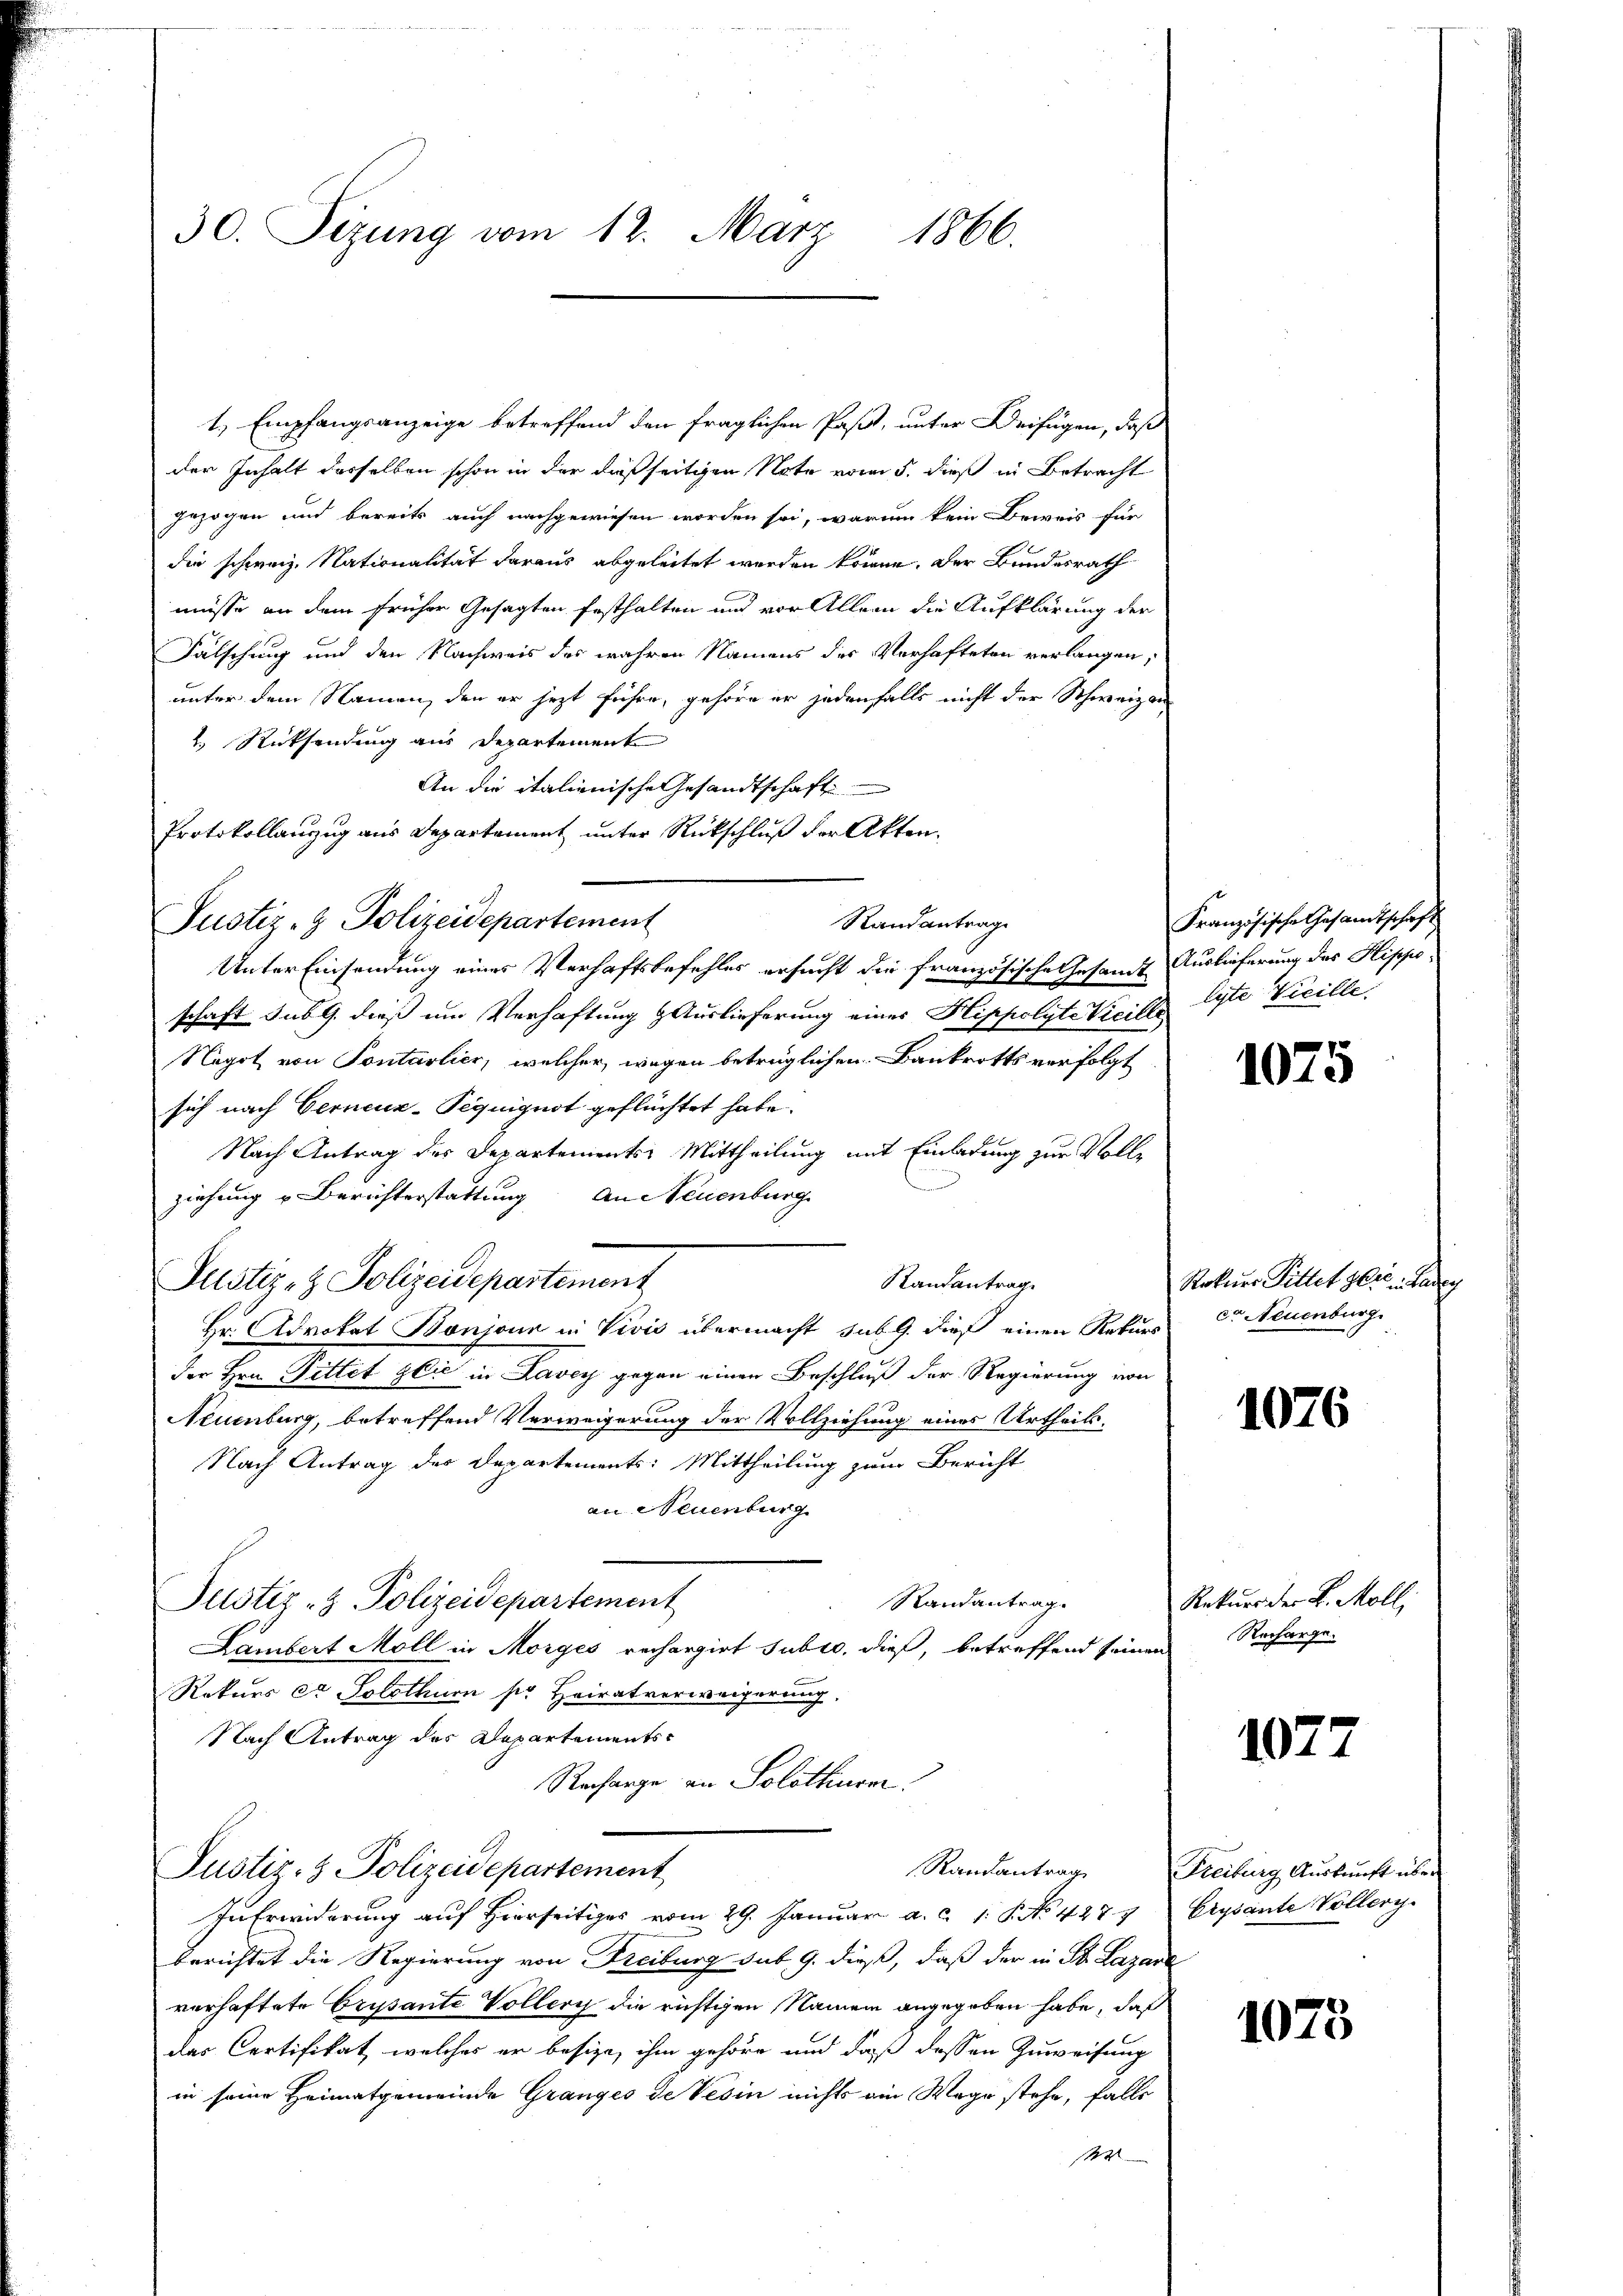
30. Sizung vom 12. März
1866.

Randantrag
Justiz- & Polizeidepartement

1.) Empfangsanzeige betreffend den fraglichen Paßet, unter Beifügen, daß
der Inhalt derselben schon in der dießseitigen Note vom 5. dieß in Betracht
gezogen und bereits auch nachgewiesen worden sei, warum kein Beweis für
die schweiz. Nationalität daraus abgeleitet werden könne. Der Bundesrath
müsse an dem früher Gesagten festhalten und vor Allem die Aufklärung der
Fälschung und den Nachweis des wahren Namens des Verhafteten verlangen,
unter dem Namen, den er jezt führe, gehöre er jedenfalls nicht der Schweizer
 Rücksendung aus Departement
An die italienische Gesandtschaft
Protokollauszug aus Departement unter Rückschluß der Akten.
Unter Einsendung eines Verhaftsbefehles ersucht die französische Gesamt Auslieferung des Hipposchaft sub 9. dieß um Verhaftung Auslieferung einer Hippolyte Vicillo lyte Vicille
Negot von Pontarlier, welcher, wegen betrüglichen Bankrotts verfolgt
sich nach Cerneuz-Pequignot geflüchtet habe.
Nach Antrag der Departements Mittheilung mit Einladung zur Volle
ziehung u Berichterstattung an Neuenburg
Justiz- & Polizeidepartement
Randantrag
Hr. Advokat Bonjonn in Vivis übermacht sub 9. dieß einen Rekurs
der Hrn. Bittet glie in Lavey gegen einen Beschluß der Regierung von
Neuenburg, betreffend Verweigerung der Vollziehung einer Urtheils-
Nach Antrag des Departements: Mittheilung zum Bericht
an Neuenburg
Randantrag.
Justiz- & Polizeidepartement
Lambert Moll in Morges rechargirt subro, dieß, betreffend seinen
Rekurs et Solothurn ser Heiratverweigerung.
Nach Antrag des Departements¬
Recharge an Solothurn.
Randantrag
Justiz- & Polizeidepartement
In Erwiderung auf Hierseits vom 29. Januar a. c. 1. P. No 427. 7
berichtet die Regierung von Freiburg sub. 9. dieß, daß der in St. Lazare
verhaftete Crysante Voller die richtigen Namen angegeben habe, daß
des Certifikat, welches er besize, ihm gehöre und daß dessen Zuweisung
in seine Heimatgemeinde Granges de Vesin nichts ain Wege stehe, falls
144

Französische Gesandtschaft

1075

Rekurs Pittet dere an
co Neuenburg.

1076

Rekurs der L. Möll
Recharge.

1077

Freiburg Auskunft über
Erysante Vollerg.

1075